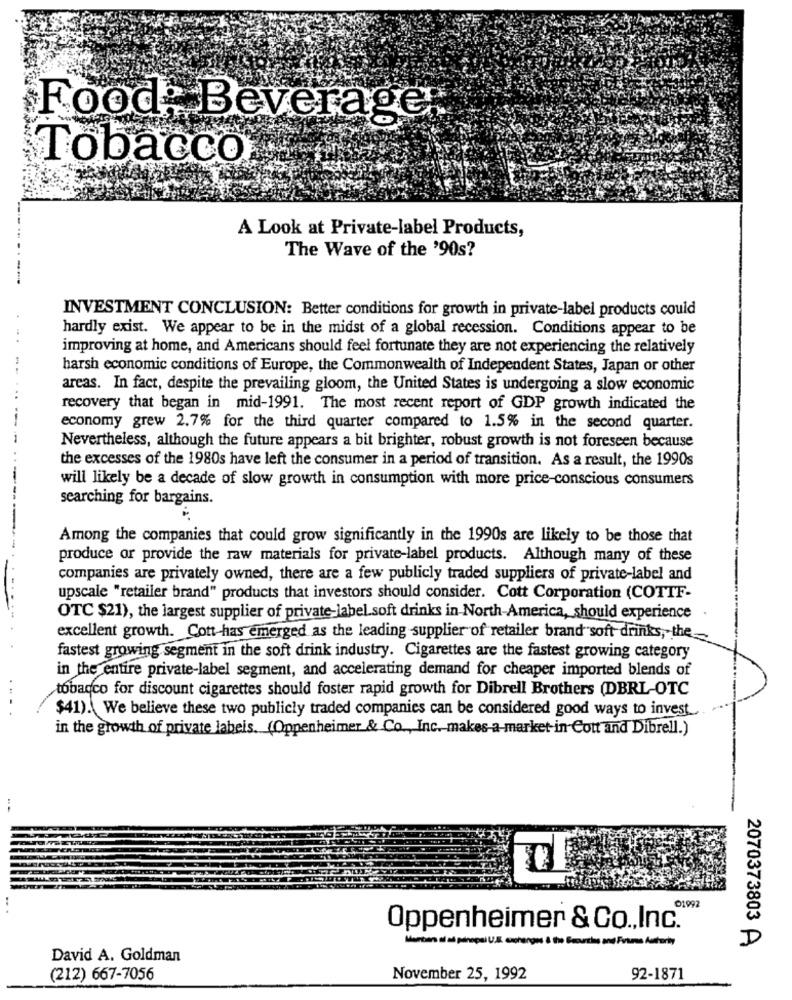
Food: Beverage
Tobacco
A Look at Private-label Products,
The Wave of the '90s?
INVESTMENT CONCLUSION: Better conditions for growth in private-label products could
hardly exist. We appear to be in the midst of a global recession. Conditions appear to be
improving at home, and Americans should feel fortunate they are not experiencing the relatively
harsh economic conditions of Europe, the Commonwealth of Independent States, Japan or other
areas. In fact, despite the prevailing gloom, the United States is undergoing a slow economic
...
recovery that began in mid-1991. The most recent report of GDP growth indicated the
--
economy grew 2.7% for the third quarter compared to 1.5% in the second quarter.
Nevertheless, although the future appears a bit brighter, robust growth is not foreseen because
the excesses of the 1980s have left the consumer in a period of transition. As a result, the 1990s
-
will likely be a decade of slow growth in consumption with more price-conscious consumers
searching for bargains.
Among the companies that could grow significantly in the 1990s are likely to be those that
produce or provide the raw materials for private-label products. Although many of these
companies are privately owned, there are a few publicly traded suppliers of private-label and
upscale "retailer brand" products that investors should consider. Cott Corporation (COTTF-
OTC $21), the largest supplier of private-label.soft drinks in North-America, should experience
excellent growth. Cott-has emerged as the leading supplier of retailer brand soft drinks, the
fastest growing segment in the soft drink industry. Cigarettes are the fastest growing category
in the entire private-label segment, and accelerating demand for cheaper imported blends of
tobacco for discount cigarettes should foster rapid growth for Dibrell Brothers (DBRL-OTC
. ..
$41). We believe these two publicly traded companies can be considered good ways to invest
in the growth of private labels. (Oppenheimer & Co ., Inc. makes a market-in Cott and Dibrell.)
01992
Oppenheimer & Co ., Inc.
2070373803 A
David A. Goldman
(212) 667-7056
November 25, 1992
92-1871